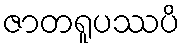
ဇာတရူပဿပိ